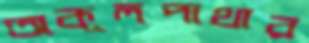
অকূলপাথার